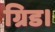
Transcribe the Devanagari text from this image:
ग्रिड।